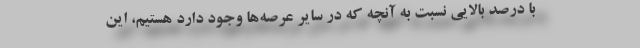
با درصد بالایی نسبت به آنچه که در سایر عرصه‌ها وجود دارد هستیم، این